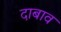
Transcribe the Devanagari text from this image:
दाबाव